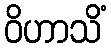
ဝိဟာသိံ